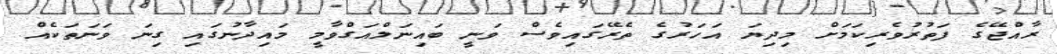
ރާއްޖޭގެ ފަތުރުވެރިކަމަށް މިދިޔަ އަހަރުގެ ތެރޭގައިވެސް ވަނީ ބައިނަލްއަގްވާމީ މައިދާނުގައި ގިނަ ވަނަތަކެއް